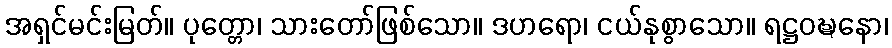
အရှင်မင်းမြတ်။ ပုတ္တော၊ သားတော်ဖြစ်သော။ ဒဟရော၊ ငယ်နုစွာသော။ ရဋ္ဌဝဍ္ဎနော၊